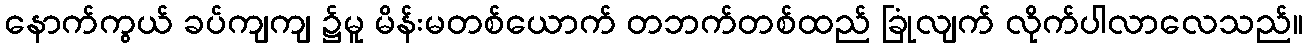
နောက်ကွယ် ခပ်ကျကျ ၌မူ မိန်းမတစ်ယောက် တဘက်တစ်ထည် ခြုံလျက် လိုက်ပါလာလေသည်။